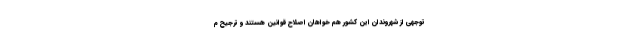
توجهی از شهروندان این کشور هم خواهان اصلاح قوانین هستند و ترجیح م